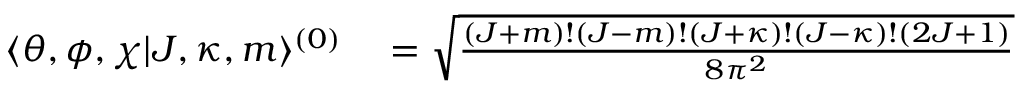
\begin{array} { r l } { \langle \theta , \phi , \chi | J , \kappa , m \rangle ^ { ( 0 ) } } & { { } = \sqrt { \frac { ( J + m ) ! ( J - m ) ! ( J + \kappa ) ! ( J - \kappa ) ! ( 2 J + 1 ) } { 8 \pi ^ { 2 } } } } \end{array}